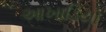
આખાડિયો